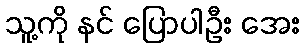
သူ့ကို နင် ပြောပါဦး အေး